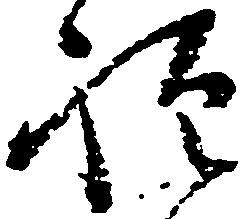
禅